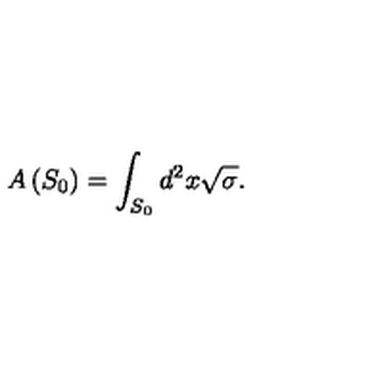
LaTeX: A \left( S _ { 0 } \right) = \int _ { S _ { 0 } } d ^ { 2 } x \sqrt { \sigma } .